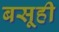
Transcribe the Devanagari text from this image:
बसूही